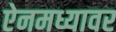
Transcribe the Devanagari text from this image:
ऐनमध्यावर